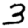
Digit: 3